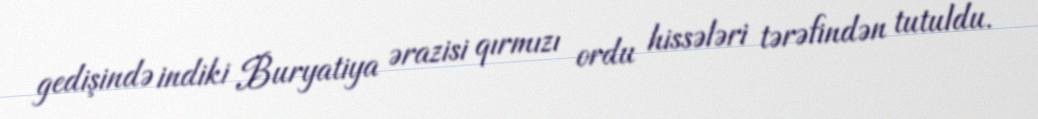
gedişində indiki Buryatiya ərazisi qırmızı ordu hissələri tərəfindən tutuldu.